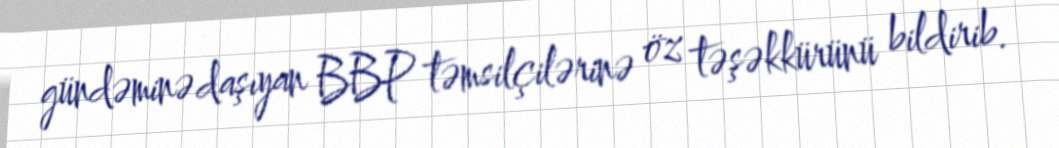
gündəminə daşıyan BBP təmsilçilərinə öz təşəkkürünü bildirib.